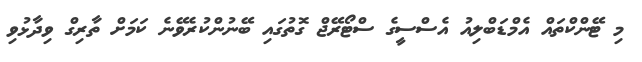
މި ޓޭންކްތައް އެމްޑަބްލިއު އެސްސީގެ ސްޓޯރޭޖް ގޮތުގައި ބޭނުންކުރެވޭނެ ކަމަށް ތާރިގް ވިދާޅުވި